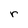
Character: r